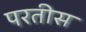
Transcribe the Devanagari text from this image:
परतीस